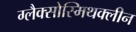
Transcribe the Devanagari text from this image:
ग्लैक्सोस्मिथक्लीन